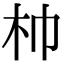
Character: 𣏑